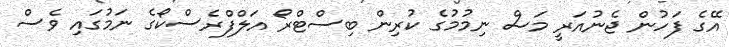
އޭގެ ފަހުން ޖެނުއަރީ މަސް ނިމުމުގެ ކުރިން ބިސްޓްރޯ އަލްފްރެސްކޯގެ ނަމުގައި ވެސް